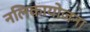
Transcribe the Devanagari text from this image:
नलिकायोजना